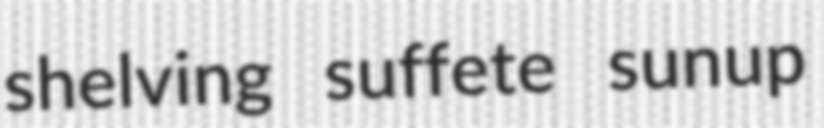
shelving suffete sunup